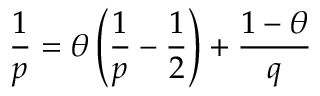
\frac { 1 } { p } = \theta \left( \frac { 1 } { p } - \frac { 1 } { 2 } \right) + \frac { 1 - \theta } { q }